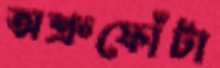
অশ্রুফোঁটা